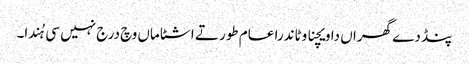
پنڈ دے گھراں دا ویچنا وٹاندرا عام طور تے اشٹاماں وچ درج نہیں سی ہُندا۔